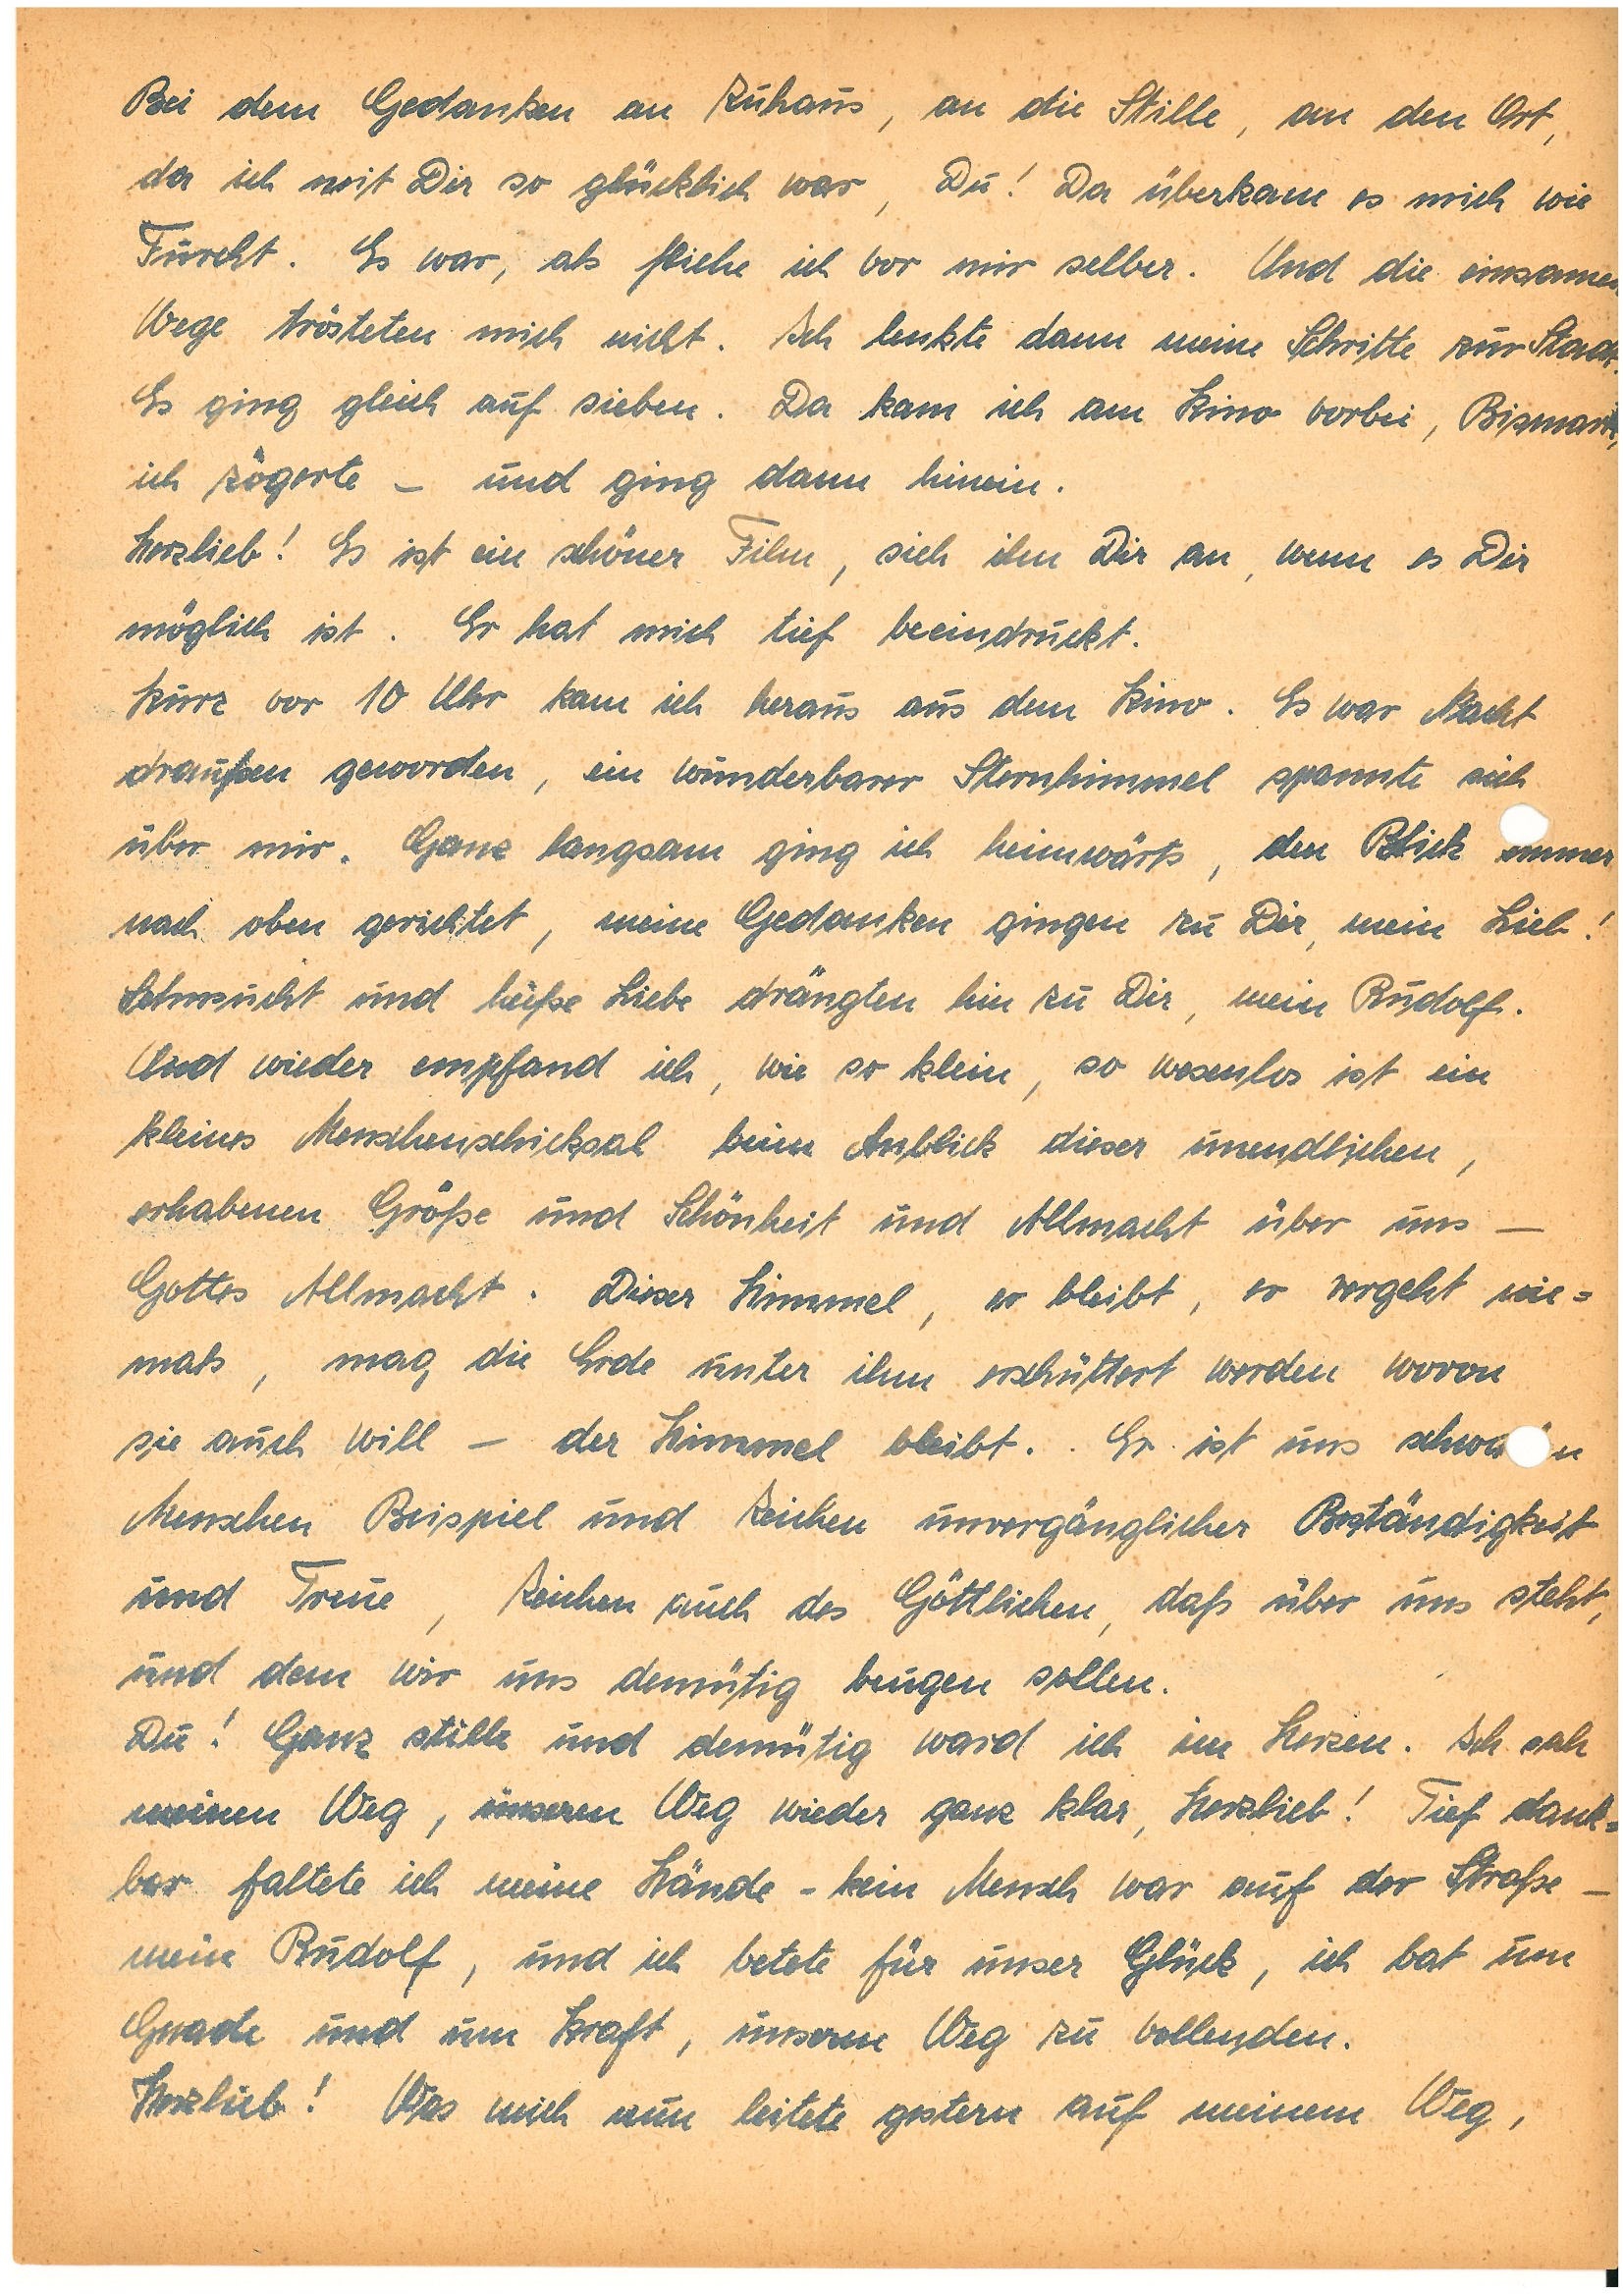
Bei dem Gedanken an Zuhaus, an die Stille, an den Ort,
da ich mit Dir so glücklich war, Du! Da überkam es mich wie
Furcht. Es war, als fliehe ich vor mir selber. Und die einsamen
Wege trösteten mich nicht. Ich lenkte dann meine Schritte zur Stadt.
Es ging gleich auf sieben. Da kam ich am Kino vorbei, Bismark,
ich zögerte – und ging dann hinein.
Herzlieb! Es ist ein schöner Film, sieh ihn Dir an, wenn es Dir
möglich ist. Er hat mich tief beeindruckt.
Kurz vor 10 Uhr kam ich heraus aus dem Kino. Es war Nacht
draußen geworden, ein wunderbarer Sternhimmel spannte sich
über mir. Ganz langsam ging ich heimwärts, den Blick immer
nach oben gerichtet, meine Gedanken gingen zu Dir, mein Lieb!
Sehnsucht und heiße Liebe drängten hin zu Dir, mein .
Und wieder empfand ich, wie so klein, so wesenlos ist ein
kleines Menschenschicksal beim Anblick dieser unendlichen,
erhabenen Größe und Schönheit und Allmacht über uns –
Gottes Allmacht. Dieser Himmel, er bleibt, er vergeht nie¬
mals, mag die Erde unter ihm erschüttert werden wovon
sie auch will – der Himmel bleibt. Er ist uns schwan
Menschen Beispiel und Zeichen unvergänglicher Beständigkeit
und Treue, Zeichen auch des Göttlichen, daß über uns steht,
und dem wir uns demütig beugen sollen.
Du! Ganz stille und demütig ward ich im Herzen. Ich sah
meinen Weg, unseren Weg wieder ganz klar, Herzlieb! Tief dank¬
bar faltete ich meine Hände – kein Mensch war auf der Straße –
mein , und ich betete für unser Glück, ich bat um
Gnade und um Kraft, unseren Weg zu vollenden.
Herzlieb! Was mich nun leitete gestern auf meinem Weg,